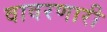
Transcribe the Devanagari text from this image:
वावरणारी